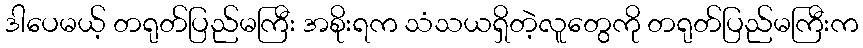
ဒါပေမယ့် တရုတ်ပြည်မကြီး အစိုးရက သံသယရှိတဲ့လူတွေကို တရုတ်ပြည်မကြီးက